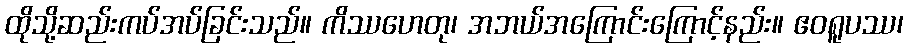
ထိုသို့ဆည်းကပ်အပ်ခြင်းသည်။ ကိဿဟေတု၊ အဘယ်အကြောင်းကြောင့်နည်း။ ဧဝရူပဿ၊